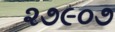
૨૭૯૦૭